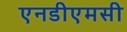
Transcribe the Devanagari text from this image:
एनडीएमसी